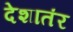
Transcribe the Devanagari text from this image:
देशातंर